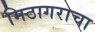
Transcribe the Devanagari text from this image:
मिठागराचा